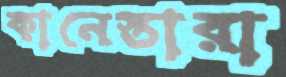
কানেস্তারা